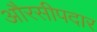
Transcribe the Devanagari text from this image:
औरसीपदार